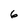
Character: 6